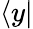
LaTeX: \langle y|